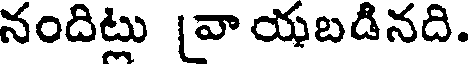
నందిట్లు [వా యబడినది.